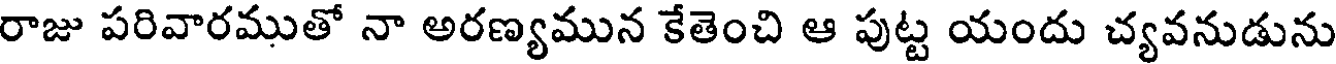
రాజు పరివారముతో నా అరణ్యమున కేతెంచి ఆ పుట్ట యందు చ్యవనుడును